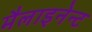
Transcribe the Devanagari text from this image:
मैलाइनेन्ट